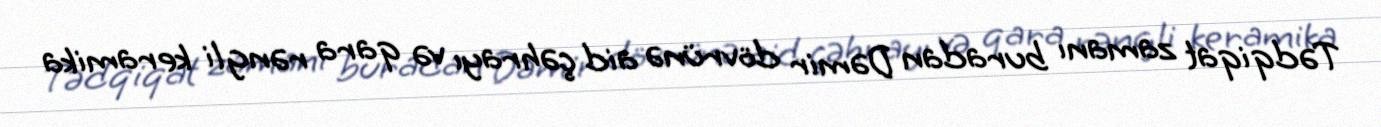
Tədqiqat zamanı buradan Dəmir dövrünə aid çəhrayı və qara rəngli keramika